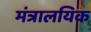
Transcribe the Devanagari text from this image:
मंत्रालयिक